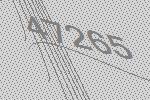
47265